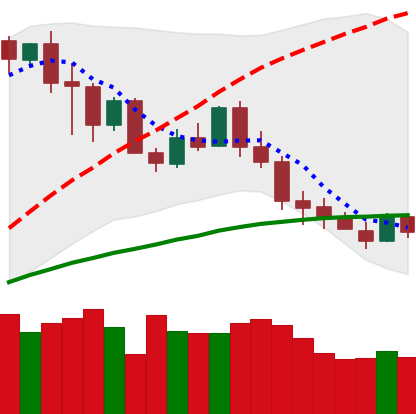
Ticker: XMR-USD
Chart end date: 2020-03-03
Forward return: -14.625%
Label: down_7plus